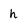
Character: h